Leaving Certificate Examination, 1903
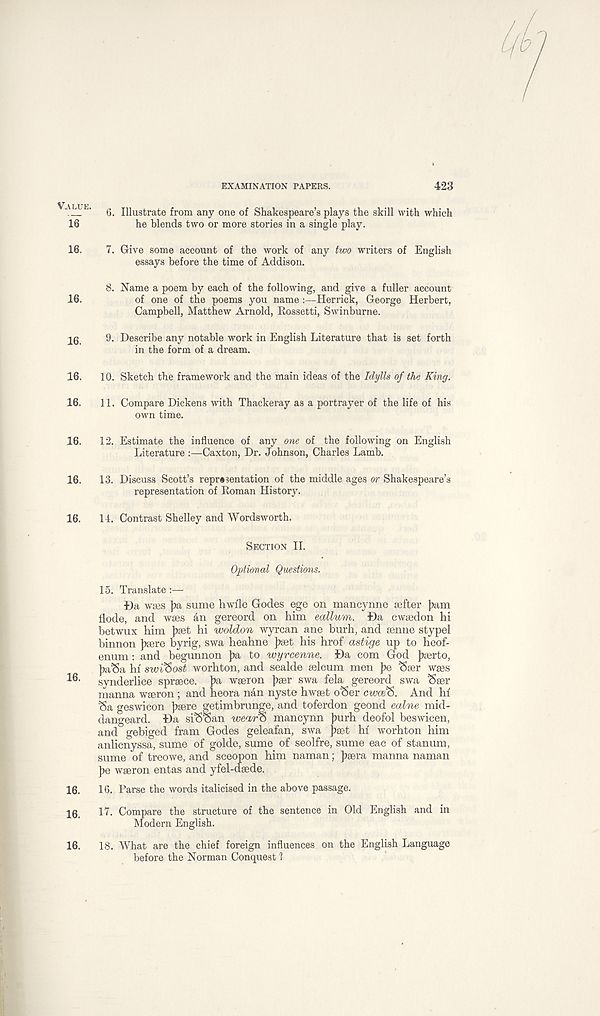
EXAMINATION PAPERS.
423
VALUE.
16
16.
16.
16.
16.
16.
16.
16.
16.
16.
16.
16.
16.
6. Illustrate from any one of Shakespeare’s plays the skill with which
he blends two or more stories in a single play.
7. Give some account of the work of any two writers of English
essays before the time of Addison.
8. Name a poem by each of the following, and give a fuller account
of one of the poems you name :—Herrick, George Herbert,
Campbell, Matthew Arnold, Rossetti, Swinburne.
9. Describe any notable work in English Literature that is set forth
in the form of a dream.
10. Sketch the framework and the main ideas of the Idylls of the King.
11. Compare Dickens with Thackeray as a portrayer of the life of his
own time.
12. Estimate the influence of any one of the following on English
Literature :—Caxton, Dr. Johnson, Charles Lamb.
13. Discuss Scott’s representation of the middle ages or Shakespeare’s
representation of Roman History.
14. Contrast Shelley and Wordsworth.
SECTION II.
Optional Questions.
15. Translate :—
Da wtes )?a sume hwfle Godes ege on mancj’nne eefter Jmm
llode, and wses an gereord on him eallum. Da cwsedon hi
betwux him Jiaet hi woldon wyrcan ane burh, and senne stypel
binnon }>sere byrig, swa heahne pset his hrof astige up to heof-
enum: and begunnon pa, to wyrcenne. Da com God Jxerto,
pa%a hi swiSost worhton, and sealde selcum men J>e ‘Saer waes
synderlice sprsece. pa wseron ]?aer swa fela gereord swa ‘Sser
manna wseron; and heora nan nyste hwset oSer cwce&. And hi
<5a geswicon jisere getimbrunge, and toferdon geond ealne mid-
dangeard. Da si^oan wea'ro mancynn ])urh deofol beswicen,
and gebiged fram Godes geleafan, swa Jiset hi worhton him
anlicnyssa, sume of golde, sume of seolfre, sume eac of stanum,
sume of treowe, and sceopon him naman; Jisera manna naman
pe wseron entas and yfel-dsede.
16. Parse the words italicised in the above passage.
17. Compare the structure of the sentence in Old English and in
Modern English.
18. What are the chief foreign influences on the English Language
before the Norman Conquest 1